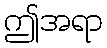
ဤအရာ